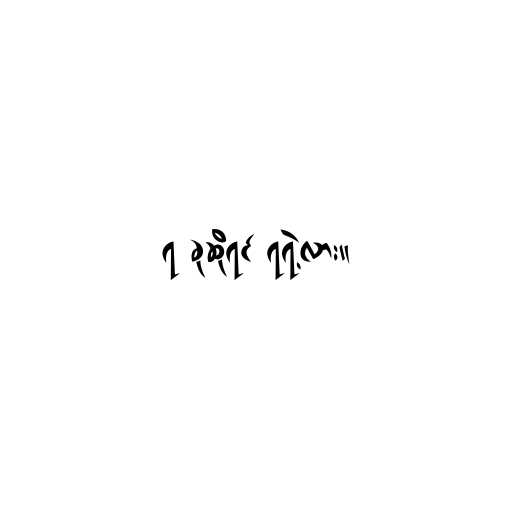
၇ ခုဆိုရင် ရရဲ့လား။